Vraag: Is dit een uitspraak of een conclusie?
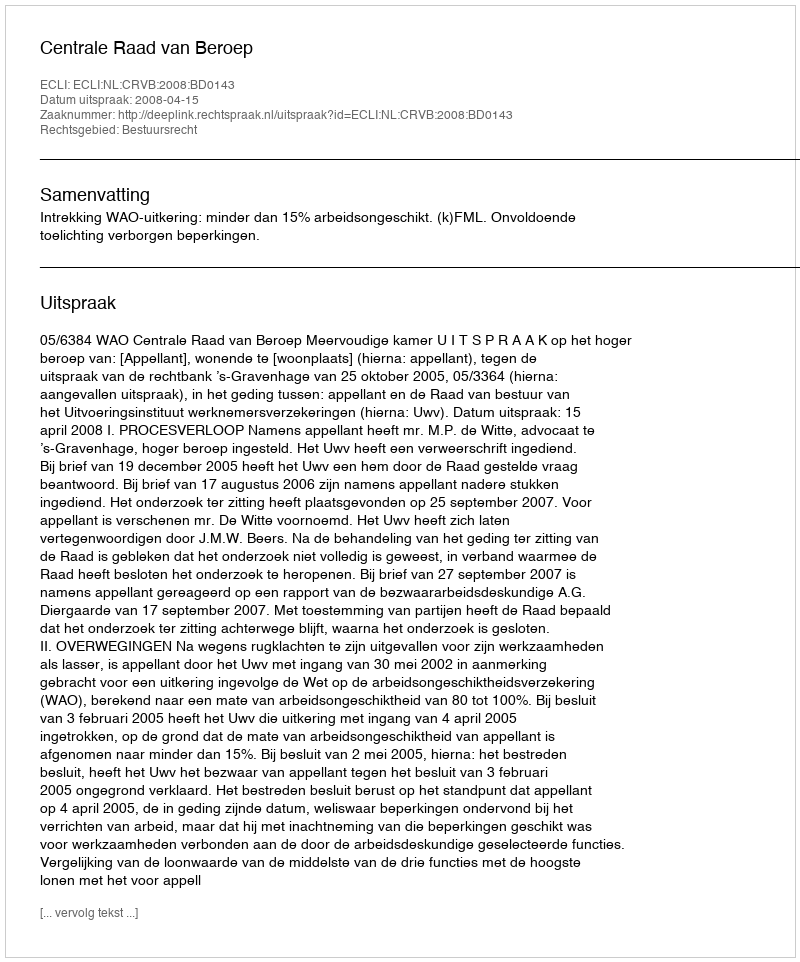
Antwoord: Uitspraak